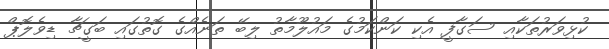
ކުޅިވަރުތަކާއި ސަގާފީ އެކި ކަންކަމުގެ މައުލޫމާތު ލިބޭ ތަނެއްގެ ގޮތުގައި ބަގީޗާ ޑިވެލޮޕް